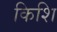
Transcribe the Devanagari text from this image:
किशि